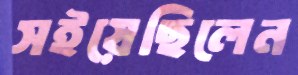
সইয়েছিলেন